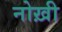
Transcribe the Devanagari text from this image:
नोख़ी